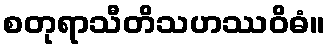
စတုရာသီတိသဟဿဝိဓံ။